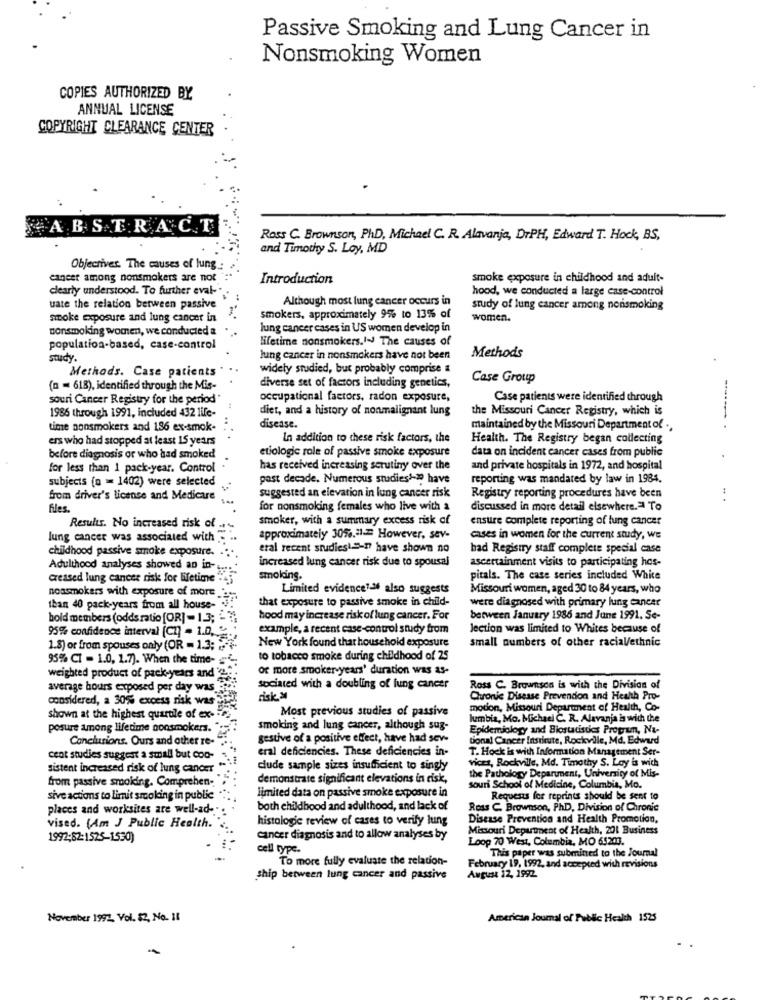
Passive Smoking and Lung Cancer in
Nonsmoking Women
COPIES AUTHORIZED BY
ANNUAL LICENSE
COPYRIGHT CLEARANCE CENTER
ABS.T. R.A.C.T.
Ross C. Brownson, PhD, Michael C. R. Alavanja, DrPH, Edward T. Hock, BS,
and Timothy S. Loy, MD
Objectives. The causes of lung .:
cancer among nonsmokers are not
Introduction
smoke exposure in childhood and adult-
clearly understood. To further eval-"
hood, we conducted a large case-control
Although most lung cancer occurs in
uate the relation between passive
study of lung cancer among nonsmoking
smoke exposure and lung cancer in
smokers, approximately 9%% to 13% of
women.
nonsmoking women, we conducted a
lung cancer cases in US women develop in
lifetime nonsmokers.I- The causes of
population-based, case-control
study.
lung cancer in nonsmokers have not been
Methods
Methods. Case patients
widely studied, but probably comprise a
Case Group
(n = 618), identified through the Mis-
diverse set of factors including genetics,
souri Cancer Registry for the period "
occupational factors, radon exposure,
Case patients were identified through
1986 through 1991, included 432 life-
diet, and a history of nonmalignant lung
the Missouri Cancer Registry, which is
time nonsmokers and 1.86 ex-smok-
..
disease.
maintained by the Missouri Department of .,
ers who had stopped at least 15 years
In addition to these risk factors, the
Health. The Registry began collecting
etiologic role of passive smoke exposure
data on incident cancer cases from public
before diagnosis or who had smoked
for less than 1 pack-year. Control
has received increasing scrutiny over the
and private hospitals in 1972, and hospital
subjects (n = 1402) were selected
past decade. Numerous studies1-20 have
reporting was mandated by law in 1984.
suggested an elevation in lung cancer risk
from driver's license and Medicare
Registry reporting procedures have been
. .
files.
for nonsmoking females who live with a
discussed in more detail elsewhere .= To
smoker, with a summary excess risk of
ensure complete reporting of lung cancer
Results. No increased risk of ...
lung cancer was associated with . ..
approximately 305%.31- However, sev-
cases in women for the current study, we
childhood passive smoke exposure. ...
eral recent studies1 =- I have shown no
bad Registry staff complete special case
increased lung cancer risk due to spousal
ascertainment visits to participating hos-
Adulthood analyses showed an in-
creased lung cancer risk for lifetime #25
smoking.
pitals. The case series included White
Limited evidence"> also suggests
Missouri women, aged 30 to 84 years, who
noasmokers with exposure of more .'
that exposure to passive smoke in child-
were diagnosed with primary lung cancer
than 40 pack-years from all house-
bold members (odds ratio [OR] - 1.3; -
hood may increase risk of lung cancer. For
between January 1986 and June 1991. Se-
example, a recent case-control study from
Jection was limited to Whites because of
95% confidence interval (CT) - 1.0. 2.
New York found that household exposure
small numbers of other racial/ethnic
1.8) or from spouses only (OR - 1.3; "
95% CI = 1.0, 1.7). When the time-
to tobacco smoke during childhood of 25
or more smoker-years' duration was as-
weighted product of pack-years and
average hours exposed per day was
sociated with a doubling of lung cancer
Ross C. Brownson is with the Division of
considered, a 30% excess risk was
risk &
Chronic Disease Prevention and Health Pro-
Most previous studies of passive
motion, Missouri Department of Health, Co-
shown at the highest quartle of ex-
lumbia, Mo. Michael C. R. Alavanja is with the
posure among lifetime nonsmokers."
smoking and lung cancer, although sug-
Epidemiology and Biostadistes Program, Na-
Conclusions. Ours and other re-
gestive of a positive effect, have had sev-
tional Cancer Institute, Rockville, Md. Edward
eral deficiencies. These deficiencies in-
T. Hock is with Information Management Ser-
cent studies suggest a small but coo-
vices, Rockville, Md. Timothy S. Lay is with
sistent increased risk of lung cancer .
clude sample sizes insufficient to singly
the Pathology Department, University of Mis-
from passive smoking. Comprehen-
demonstrate significant elevations in risk,
souri School of Medicine, Columbia, Mo.
sive actions to limit smoking in public
limited data on passive smoke exposure in
Requests for reprints should be sent to
places and worksites are well-ad-"
both childhood and adulthood, and lack of
Ross C. Brownson, Ph.D, Division of Chronic
histologic review of cases to verify lung
Disease Prevention and Health Promotion,
vised. (Am J Public Health.
Missouri Department of Health, 201 Business
1992:82:1525-1530)
cancer diagnosis and to allow analyses by
Loop 70 West, Columbia, MO 65203.
cell type.
This paper was submined to the Journal
To more fully evaluate the relation-
August 12, 1992.
February 19, 1992, and accepted with revisions
ship between lung cancer and passive
November 1992. Vol. 2, No. 11
American Journal of Public Health 1525